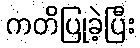
ကတိပြုခဲ့ပြီး